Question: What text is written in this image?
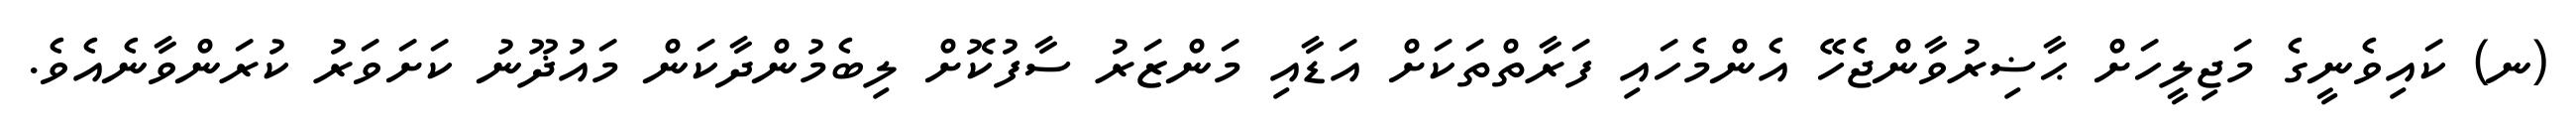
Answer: (ނ) ކައިވެނީގެ މަޖިލީހަށް ޙާޟިރުވާންޖެހޭ އެންމެހައި ފަރާތްތަކަށް އަޑާއި މަންޒަރު ސާފުކޮށް ލިބެމުންދާކަން މައުޛޫނު ކަށަވަރު ކުރަންވާނެއެވެ.